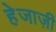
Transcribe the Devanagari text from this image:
हेजाज़ी